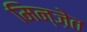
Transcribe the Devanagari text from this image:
मिन्ज़ेत